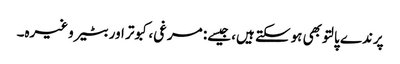
پرندے پالتو بھی ہوسکتے ہیں، جیسے: مرغی، کبوتر اور بٹیر وغیرہ۔